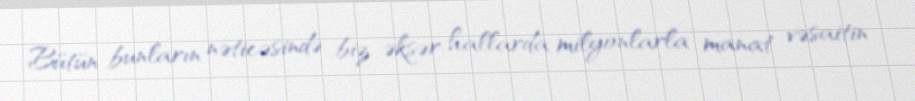
Bütün bunların nəticəsində biz əksər hallarda milyonlarla manat vəsaitin